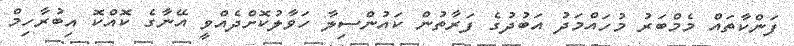
ފަންކާތައް މެމްބަރު މުހައްމަދު އަބުދުގެ ފަރާތުން ކައުންސިލާ ހަވާލުކޮށްދެއްވީ އޭނާގެ ކޮއްކޮ އިބުރާހިމް